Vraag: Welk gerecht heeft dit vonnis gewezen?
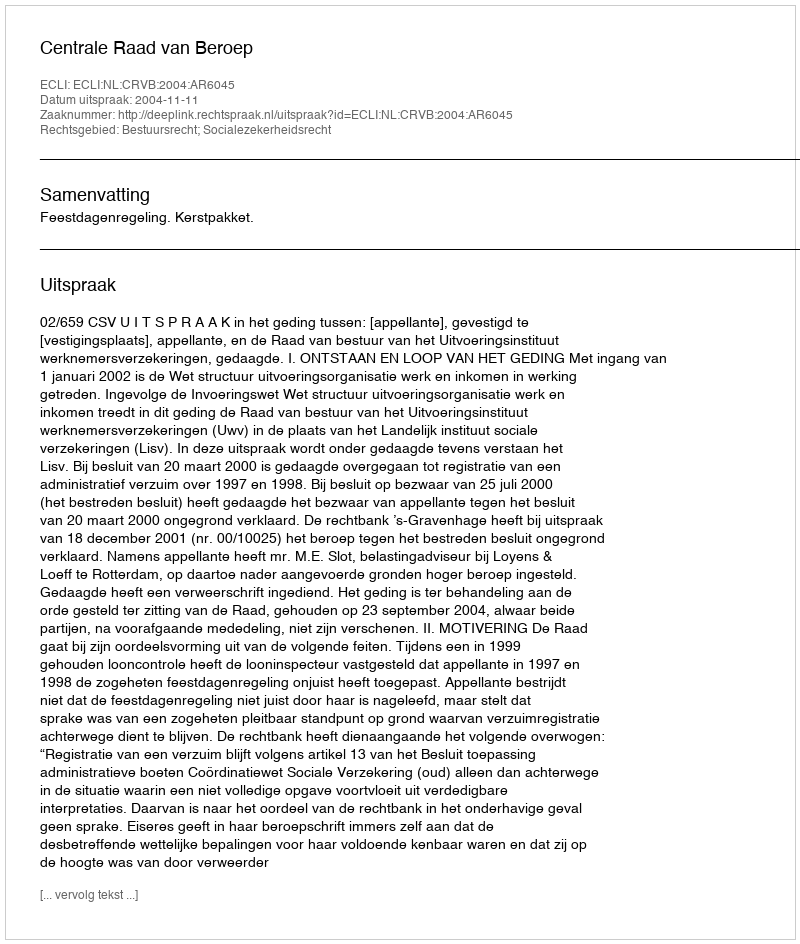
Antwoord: Centrale Raad van Beroep